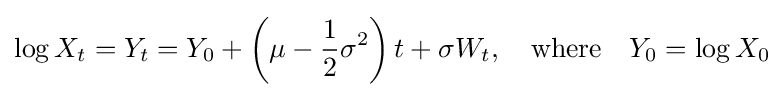
\log X_{t}=Y_{t}=Y_{0}+\left(\mu -{\frac {1}{2}}\sigma ^{2}\right)t+\sigma W_{t},\quad {\text{where}}\quad Y_{0}=\log X_{0}